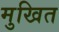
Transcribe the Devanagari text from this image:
मुखित